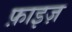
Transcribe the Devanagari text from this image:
फ़ाइज़